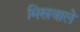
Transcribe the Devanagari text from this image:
मिस्रवाले